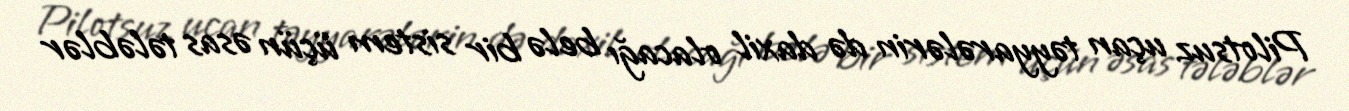
Pilotsuz uçan təyyarələrin də daxil olacağı belə bir sistem üçün əsas tələblər